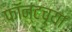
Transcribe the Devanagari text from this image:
फॉन्टच्या